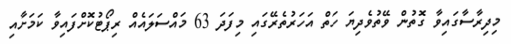
މިދިރާސާގައިވާ ގޮތުން ވޭތުވެދިޔަ ހަތް އަހަރުތެރޭގައި މިފަދަ 63 މައްސަަލައެއް ރިޕޯޓުކޮށްފައިވާ ކަމަށާއި